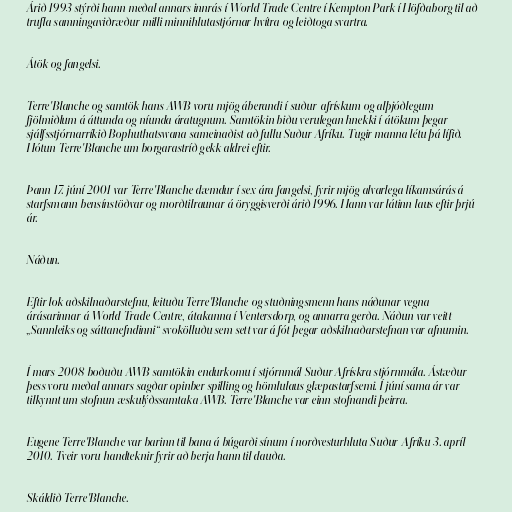
Árið 1993 stýrði hann meðal annars innrás í World Trade Centre í Kempton Park í Höfðaborg til að
trufla samningaviðræður milli minnihlutastjórnar hvítra og leiðtoga svartra.

Átök og fangelsi.

Terre'Blanche og samtök hans AWB voru mjög áberandi í suður-afrískum og alþjóðlegum
fjölmiðlum á áttunda og níunda áratugnum. Samtökin biðu verulegan hnekki í átökum þegar
sjálfsstjórnarríkið Bophuthatswana sameinaðist að fullu Suður Afríku. Tugir manna létu þá lífið.
Hótun Terre'Blanche um borgarastríð gekk aldrei eftir.

Þann 17. júní 2001 var Terre'Blanche dæmdur í sex ára fangelsi, fyrir mjög alvarlega líkamsárás á
starfsmann bensínstöðvar og morðtilraunar á öryggisverði árið 1996. Hann var látinn laus eftir þrjú
ár.

Náðun.

Eftir lok aðskilnaðarstefnu, leituðu Terre'Blanche og stuðningsmenn hans náðunar vegna
árásarinnar á World Trade Centre, átakanna í Ventersdorp, og annarra gerða. Náðun var veitt
„Sannleiks og sáttanefndinni“ svokölluðu sem sett var á fót þegar aðskilnaðarstefnan var afnumin.

Í mars 2008 boðuðu AWB samtökin endurkomu í stjórnmál Suður Afrískra stjórnmála. Ástæður
þess voru meðal annars sagðar opinber spilling og hömlulaus glæpastarfsemi. Í júní sama ár var
tilkynnt um stofnun æskulýðssamtaka AWB. Terre'Blanche var einn stofnandi þeirra.

Eugene Terre'Blanche var barinn til bana á búgarði sínum í norðvesturhluta Suður-Afríku 3. apríl
2010. Tveir voru handteknir fyrir að berja hann til dauða.

Skáldið Terre'Blanche.